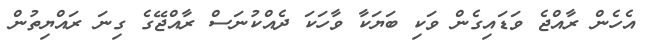
އެހެން ރާއްޖެ ވަޑައިގެން ވަކި ބަޔަކާ ވާހަކަ ދެއްކުނަސް ރާއްޖޭގެ ގިނަ ރައްޔިތުން